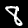
Label: 8